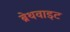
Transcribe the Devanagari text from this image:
ब्रेथवाइट